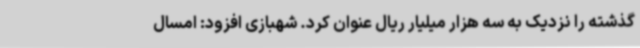
گذشته را نزدیک به سه هزار میلیار ریال عنوان کرد. شهبازی افزود: امسال